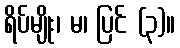
ရိပ်မျိုး၊ မ၊ ပြင် (၃)။